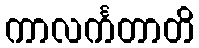
ကာလင်္ကတာတိ